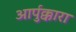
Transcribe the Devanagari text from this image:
आर्पुक्कारा